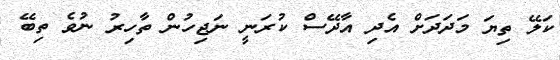
ކަލޭ ތިޔަ މަދަދަށް އެދި އާދޭސް ކުރަނީ ނަޖިހުން ތާހިރު ނުވެ ތިބޭ